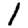
Digit: 1